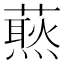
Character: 𧀙